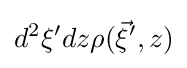
d^{2}\xi ^{\prime }dz\rho ({\vec {\xi }}^{\prime },z)